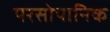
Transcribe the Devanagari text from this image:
परसोपानिक